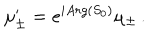
LaTeX: \mu _ { \pm } ^ { \prime } = e ^ { i A r g ( S _ { 0 } ) } \mu _ { \pm } \, .